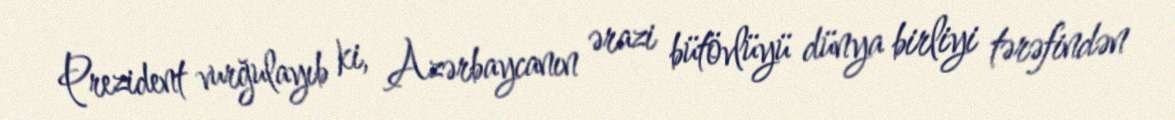
Prezident vurğulayıb ki, Azərbaycanın ərazi bütövlüyü dünya birliyi tərəfindən